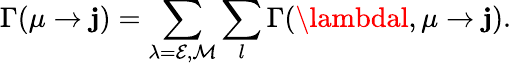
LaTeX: \Gamma(\mu\to\mathbf{j})=\sum_{\lambda=\mathcal{{E}},\mathcal{{M}}}\sum_{l}\Gamma(\lambdal,\mu\to\mathbf{j}).